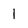
Character: 1